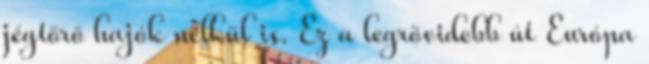
jégtörő hajók nélkül is. Ez a legrövidebb út Európa